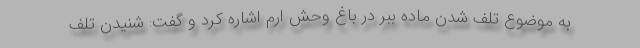
به موضوع تلف شدن ماده ببر در باغ وحش ارم اشاره کرد و گفت: شنیدن تلف